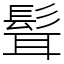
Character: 髶